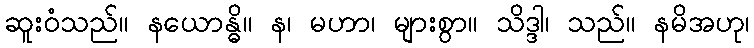
ဆူးဝံသည်။ နယောန္ဓိ။ န၊ မဟာ၊ များစွာ။ သိဒ္ဒါ၊ သည်။ နမိအဟု၊